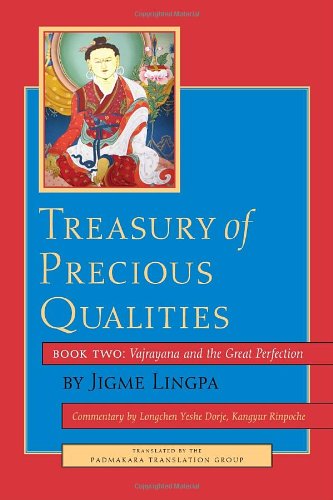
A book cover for Treasury of Precious Qualities: Book Two; Longchen Yeshe Dorje Kangyur Rinpoche; Religion & Spirituality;